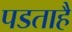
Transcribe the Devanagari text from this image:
पडताहै